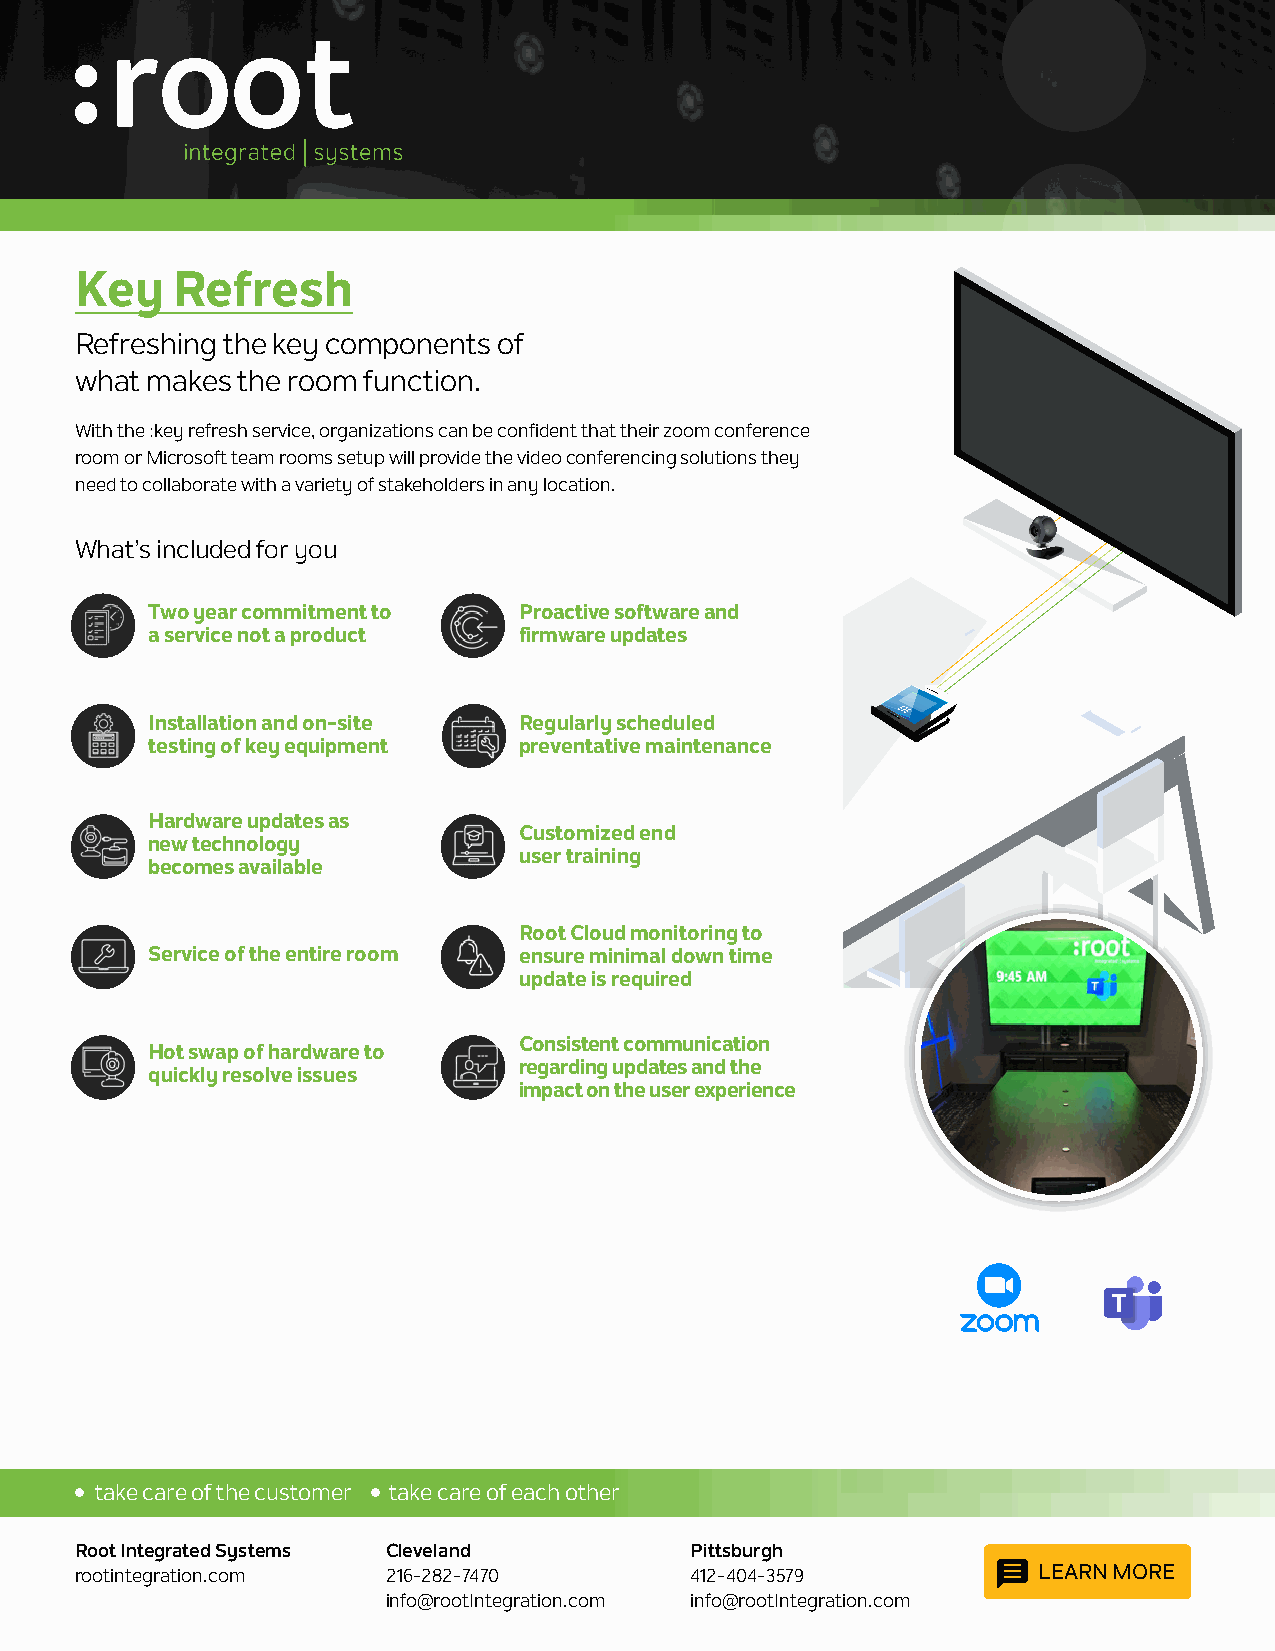
Key   Refresh
 Refreshing the key components of
 what makes the room function.
 With the :key refresh service, organizations can be confident that their zoom conference
 room or Microsoft team rooms setup will provide the video conferencing solutions they
 need to collaborate with a variety of stakeholders in any location.
 What’s included for you
 Two year commitment to  Proactive software and
 a service not a product firmware updates
 Installation and on-site Regularly scheduled
 testing of key equipment preventative maintenance
 Hardware updates as
 Customized end
 new technology
 user training
 becomes available
 Root Cloud monitoring to
 Service of the entire room ensure minimal down time
 update is required
 Consistent communication
 Hot swap of hardware to
 regarding updates and the
 quickly resolve issues
 impact on the user experience
 take care of the customer take care of each other
 Root Integrated Systems Cleveland        Pittsburgh
 rootintegration.com  216-282-7470        412-404-3579           LEARN MORE
 info@rootIntegration.com info@rootIntegration.com